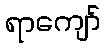
ရာကျော်